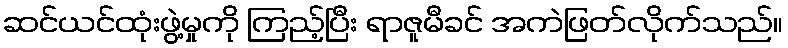
ဆင်ယင်ထုံးဖွဲ့မှုကို ကြည့်ပြီး ရာဇူမီခင် အကဲဖြတ်လိုက်သည်။